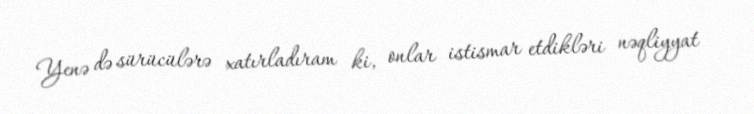
Yenə də sürücülərə xatırladıram ki, onlar istismar etdikləri nəqliyyat